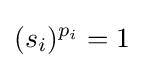
(s_{i})^{p_{i}}=1